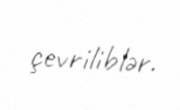
çevriliblər.